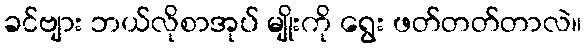
ခင်ဗျား ဘယ်လိုစာအုပ် မျိုးကို ရွေး ဖတ်တတ်တာလဲ။